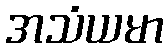
အသံယမာ